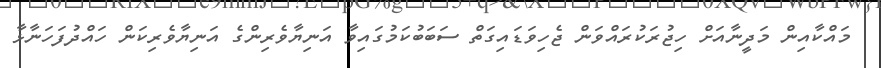
މައްކާއިން މަދީނާއަށް ހިޖުރަކުރައްވަން ޖެހިވަޑައިގަތް ސަބަބުކަމުގައިވާ އަނިޔާވެރިންގެ އަނިޔާވެރިކަން ހައްދުފަހަނާޅާ